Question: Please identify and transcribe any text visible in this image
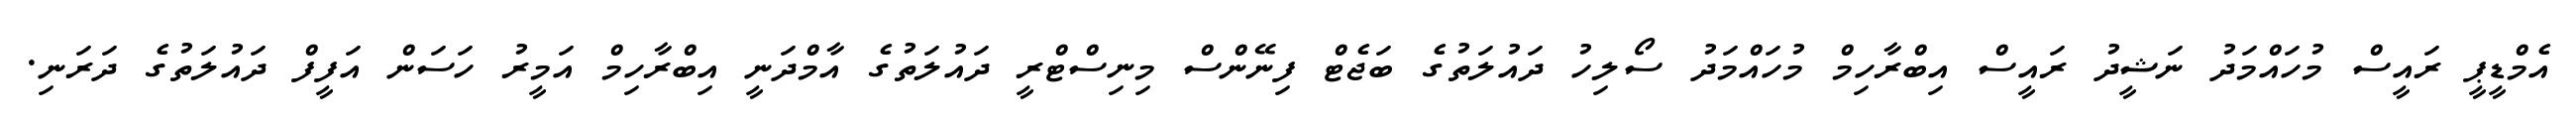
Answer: އެމްޑީޕީ ރައީސް މުހައްމަދު ނަޝީދު ރައީސް އިބްރާހިމް މުހައްމަދު ސޯލިހު ދައުލަތުގެ ބަޖެޓް ފިނޭންސް މިނިސްޓްރީ ދައުލަތުގެ އާމްދަނީ އިބްރާހިމް އަމީރު ހަސަން އަފީފް ދައުލަތުގެ ދަރަނި.